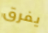
يفرق